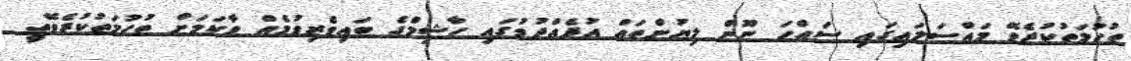
ތުހުމަތުކުރެވޭ މައްސަލައިގައި ސައްހަ ނޫން ލިޔުންތައް އުފެއްދުމުގައި ހާޝިމްގެ ބައިވެރިވުމެއް ވާކަމަށް ތުހުމަތުކުރެވޭތީ